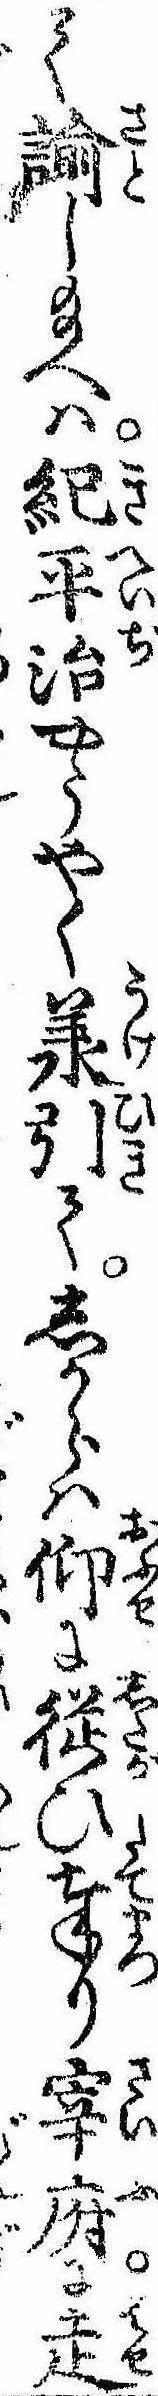
て諭し給へは紀平治やうやく𣴎引てしからは仰に従ひ奉り宰府に走